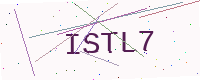
Text: ISTL7